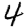
Digit: 4